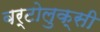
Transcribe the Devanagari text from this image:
बर्टोलुक्सी